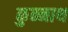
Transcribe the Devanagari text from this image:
कुन्नाथ